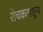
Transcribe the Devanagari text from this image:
रोचकताशून्य